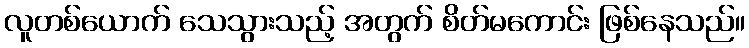
လူတစ်ယောက် သေသွားသည့် အတွက် စိတ်မကောင်း ဖြစ်နေသည်။